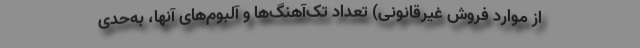
از موارد فروش غیرقانونی) تعداد تک‌آهنگ‌ها و آلبوم‌های آنها، به‌حدی